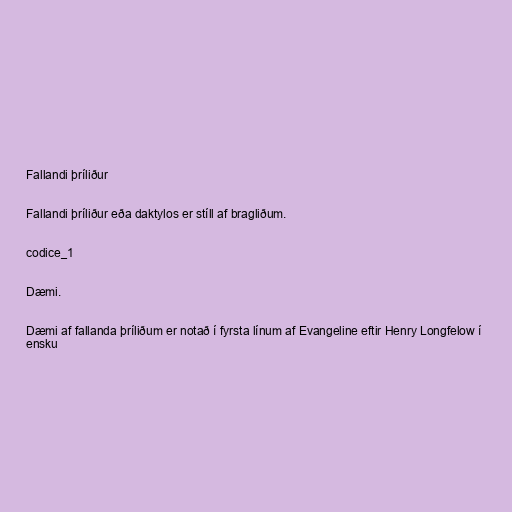
Fallandi þríliður

Fallandi þríliður eða daktylos er stíll af bragliðum.

codice_1

Dæmi.

Dæmi af fallanda þríliðum er notað í fyrsta línum af Evangeline eftir Henry Longfelow í
ensku